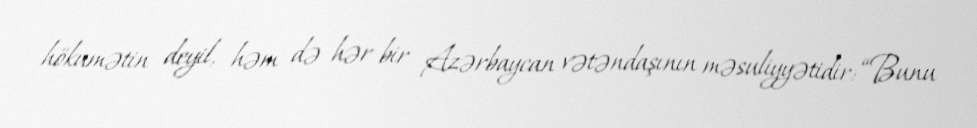
hökumətin deyil, həm də hər bir Azərbaycan vətəndaşının məsuliyyətidir: “Bunu